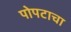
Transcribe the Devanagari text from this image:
पोपटाचा